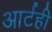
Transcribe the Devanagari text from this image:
आर्टही